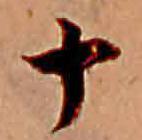
十